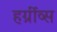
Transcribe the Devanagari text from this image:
हर्ग्रीव्स